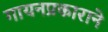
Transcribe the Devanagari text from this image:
गायनप्रकाराने